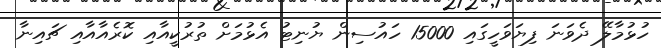
ހުޅުމާލޭ ދެވަނަ ފިޔަވަހީގައި 15000 ހައުސިން ޔުނިޓު އެޅުމަށް ތުރުކީއާއި ކޮރެއާއާއި ޗައިނާ